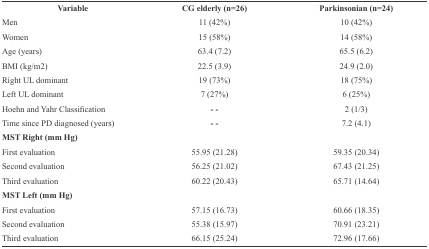
<table><thead><tr><td><b>Variable</b></td><td><b>CG elderly (n=26)</b></td><td><b>Parkinsonian (n=24)</b></td></tr></thead><tbody><tr><td> Men</td><td> 11 (42%)</td><td> 10 (42%)</td></tr><tr><td> Women</td><td> 15 (58%)</td><td> 14 (58%)</td></tr><tr><td> Age (years)</td><td> 63.4 (7.2)</td><td> 65.5 (6.2)</td></tr><tr><td> BMI (kg/m2)</td><td> 22.5 (3.9)</td><td> 24.9 (2.0)</td></tr><tr><td> Right UL dominant</td><td> 19 (73%)</td><td> 18 (75%)</td></tr><tr><td> Left UL dominant</td><td> 7 (27%)</td><td> 6 (25%)</td></tr><tr><td> Hoehn and Yahr Classification</td><td> - -</td><td> 2 (1/3)</td></tr><tr><td> Time since PD diagnosed (years)</td><td> - -</td><td> 7.2 (4.1)</td></tr><tr><td> MST Right (mm Hg)</td><td></td><td></td></tr><tr><td> First evaluation</td><td> 55.95 (21.28)</td><td> 59.35 (20.34)</td></tr><tr><td> Second evaluation</td><td> 56.25 (21.02) </td><td> 67.43 (21.25)</td></tr><tr><td> Third evaluation</td><td> 60.22 (20.43)</td><td> 65.71 (14.64)</td></tr><tr><td> MST Left (mm Hg)</td><td></td><td></td></tr><tr><td> First evaluation</td><td> 57.15 (16.73)</td><td> 60.66 (18.35)</td></tr><tr><td> Second evaluation</td><td> 55.38 (15.97)</td><td> 70.91 (23.21)</td></tr><tr><td> Third evaluation</td><td> 66.15 (25.24)</td><td> 72.96 (17.66)</td></tr></tbody></table>